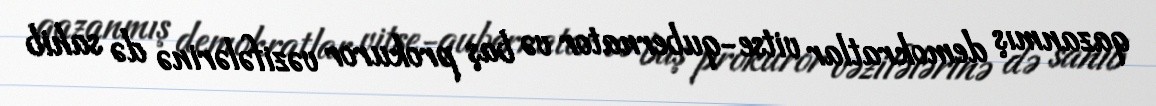
qazanmış demokratlar vitse-qubernator və baş prokuror vəzifələrinə də sahib